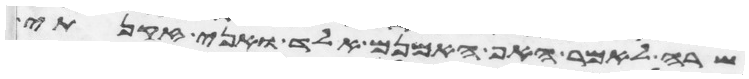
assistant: שרה לאמר האף אמנם אלד ואני זקנתי